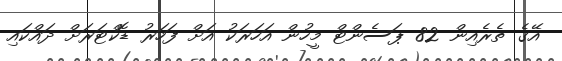
އޭގެ ތެރެއިން 82 ޕަސެންޓް މީހުން އަަހަރަކު އަށް ފަހަރު ޑޮކްޓަރަށް ދައްކައި